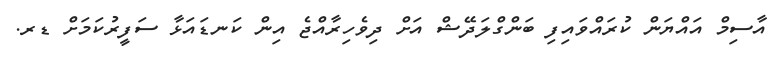
އާސިމް އައްޔަން ކުރައްވައިފި ބަންގްލަދޭޝް އަށް ދިވެހިރާއްޖެ އިން ކަނޑައަޅާ ސަފީރުކަމަށް ޑރ.